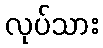
လုပ်သား